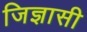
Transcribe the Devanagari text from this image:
जिज्ञासी